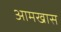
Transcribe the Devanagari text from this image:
आमखास